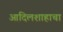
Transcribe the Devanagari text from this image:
आदिलशाहाचा